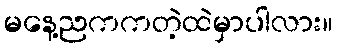
မနေ့ညကကတဲ့ထဲမှာပါလား။